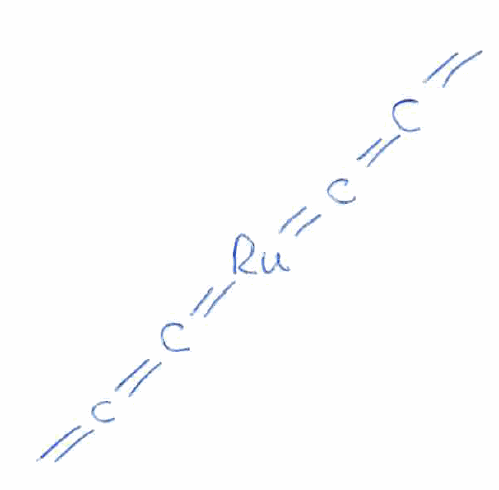
Simplified molecular-input line-entry system (SMILES) notation of the given molecule:
C=C=C=[Ru]=C=C=C